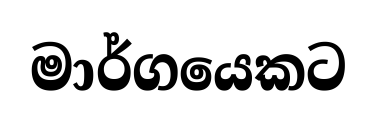
මාර්ගයෙකට